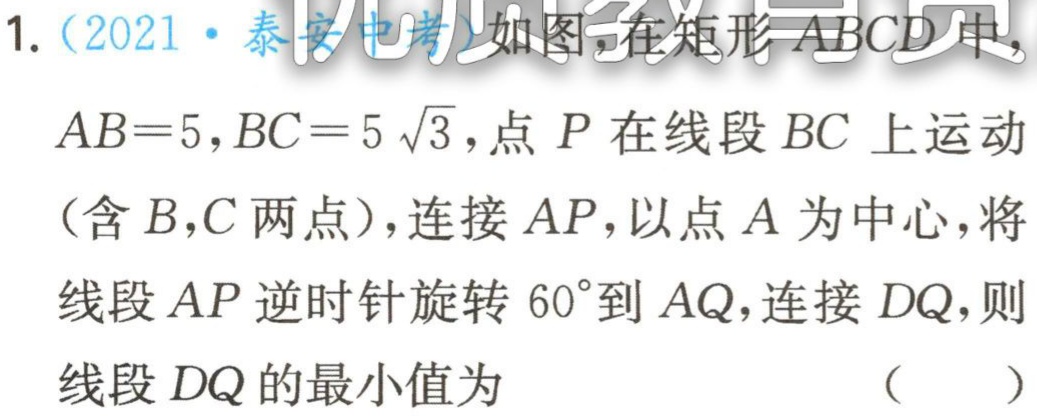
1.（2021·泰安中考）如图，在矩形\(ABCD\)中，\(AB = 5\)，\(BC = 5\sqrt{3}\)，点\(P\)在线段\(BC\)上运动（含\(B\)，\(C\)两点），连接\(AP\)，以点\(A\)为中心，将线段\(AP\)逆时针旋转\(60^{\circ}\)到\(AQ\)，连接\(DQ\)，则线段\(DQ\)的最小值为 （  ）